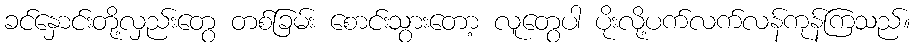
ခင်နှောင်းတို့လှည်းတွေ တစ်ခြမ်း စောင်းသွားတော့ လူတွေပါ ပိုးလို့ပက်လက်လန်ကုန်ကြသည်။